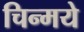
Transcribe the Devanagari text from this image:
चिन्मये